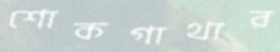
শোকগাথার